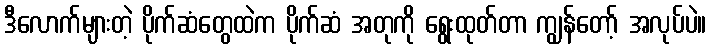
ဒီလောက်များတဲ့ ပိုက်ဆံတွေထဲက ပိုက်ဆံ အတုကို ရွေးထုတ်တာ ကျွန်တော့် အလုပ်ပဲ။